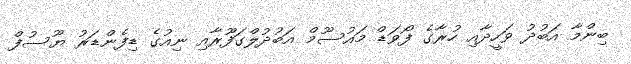
ބިންމާ އަބުދު ވަހީދާއި ހުރާގެ ފޯވަޑް މައުސޫމް އަބުދުލްގަފޫރާއި ނިއުގެ ޑިފެންޑަރު ޔޫސުފް